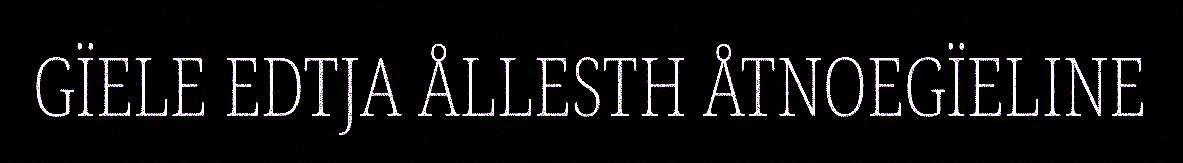
GÏELE EDTJA ÅLLESTH ÅTNOEGÏELINE